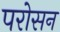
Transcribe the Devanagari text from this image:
परोसन